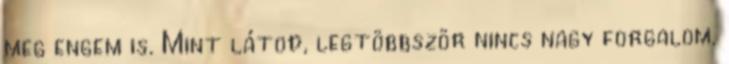
meg engem is. Mint látod, legtöbbször nincs nagy forgalom.